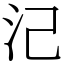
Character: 𣲆